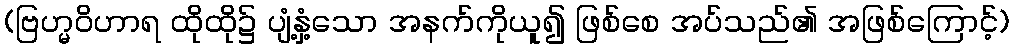
(ဗြဟ္မဝိဟာရ ထိုထို၌ ပျံ့နှံ့သော အနက်ကိုယူ၍ ဖြစ်စေ အပ်သည်၏ အဖြစ်ကြောင့်)